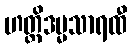
ဟတ္ထိဒမ္မသာရထီ